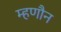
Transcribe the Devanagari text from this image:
म्हणौन